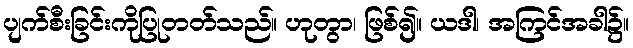
ပျက်စီးခြင်းကိုပြုတတ်သည်။ ဟုတွာ၊ ဖြစ်၍။ ယဒါ၊ အကြင်အခါ၌။